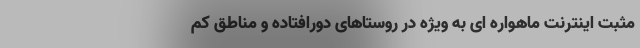
مثبت اینترنت ماهواره ای به ویژه در روستاهای دورافتاده و مناطق کم